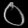
Digit: ၀